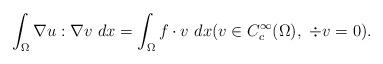
LaTeX: \begin{align*}\int_{\Omega} \nabla u : \nabla v \ dx=\int_{\Omega} f\cdot v \ dx (v\in C^\infty_c(\Omega), \ \div v=0).\end{align*}